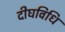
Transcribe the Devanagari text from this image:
दीघविधि